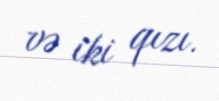
və iki qızı.